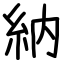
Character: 納